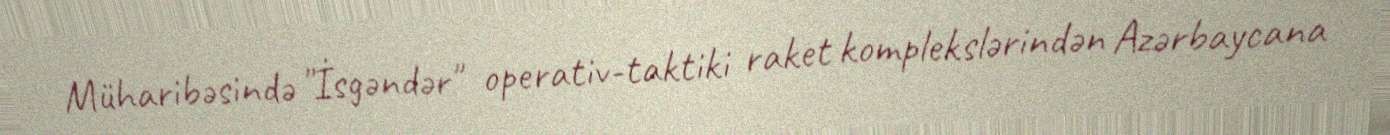
Müharibəsində "İsgəndər" operativ-taktiki raket komplekslərindən Azərbaycana